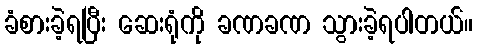
ခံစားခဲ့ရပြီး ဆေးရုံကို ခဏခဏ သွားခဲ့ရပါတယ်။